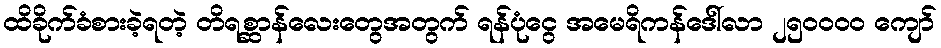
ထိခိုက်ခံစားခဲ့ရတဲ့ တိရစ္ဆာန်လေးတွေအတွက် ရန်ပုံငွေ အမေရိကန်ဒေါ်လာ ၂၅၀၀၀၀ ကျော်